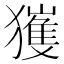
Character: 𱮨